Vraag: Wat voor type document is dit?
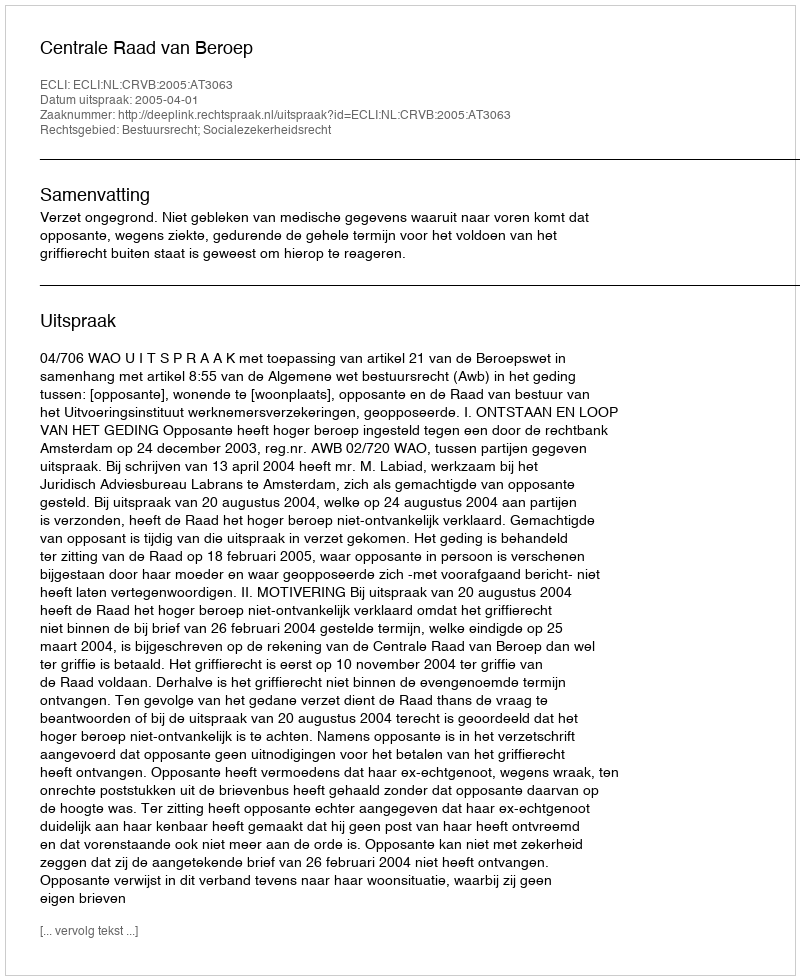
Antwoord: Uitspraak